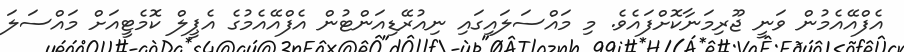
އެފްއޭއެމުން ވަނީ ޖޫރިމަނާކޮށްފައެވެ. މި މައްސަލައިގައި ނިއުރޭޑިއަންޓުން އެފްއޭއެމުގެ އެޕީލް ކޮމެޓީއަށް މައްސަލަ